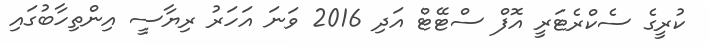
ކުރީގެ ސެކްރެޓަރީ އޮފް ސްޓޭޓް އަދި 2016 ވަނަ އަހަރު ރިޔާސީ އިންތިހާބުގައި